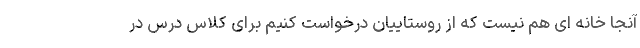
آنجا خانه ای هم نیست که از روستاییان درخواست کنیم برای کلاس درس در